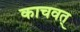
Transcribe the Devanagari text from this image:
काचवत्